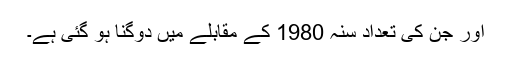
اور جن کی تعداد سنہ 1980 کے مقابلے میں دوگنا ہو گئی ہے۔